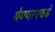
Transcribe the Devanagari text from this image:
येण्याएवढे